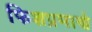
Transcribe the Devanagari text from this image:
फिशप्रमाणे